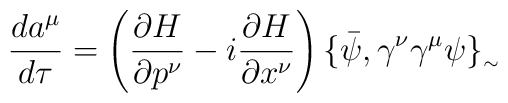
\frac{da^{\mu }}{d\tau} = \left(\frac{\partial H}{\partial p^{\nu  }} - i\frac{\partial H}{\partial x^{\nu  }}\right) \{\bar{\psi },\gamma^{\nu }\gamma^{\mu }\psi  \}_{_{\sim }}